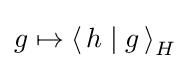
g\mapsto \left\langle \,h\mid g\,\right\rangle _{H}